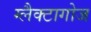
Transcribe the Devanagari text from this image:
ग्लैक्टागोज